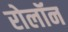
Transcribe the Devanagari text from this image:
रोलॉन